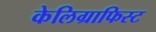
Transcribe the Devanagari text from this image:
केलिग्राफिस्ट